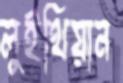
লুইথিয়ান